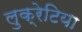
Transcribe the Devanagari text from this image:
लुक्रेटिया